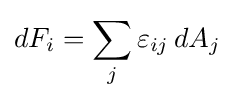
dF_{i}=\sum _{j}\varepsilon _{ij}\,dA_{j}